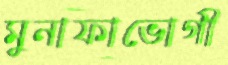
মুনাফাভোগী